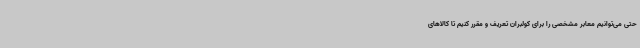
حتی می‌توانیم معابر مشخصی را برای کولبران تعریف و مقرر کنیم تا کالاهای